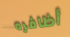
أظافره